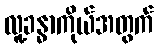
လူ့ခန္ဓာကိုယ်အတွက်